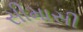
સીમાસી